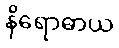
နိရောဓာယ